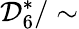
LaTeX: {\mathcal{D}}_{6}^{*}/\sim